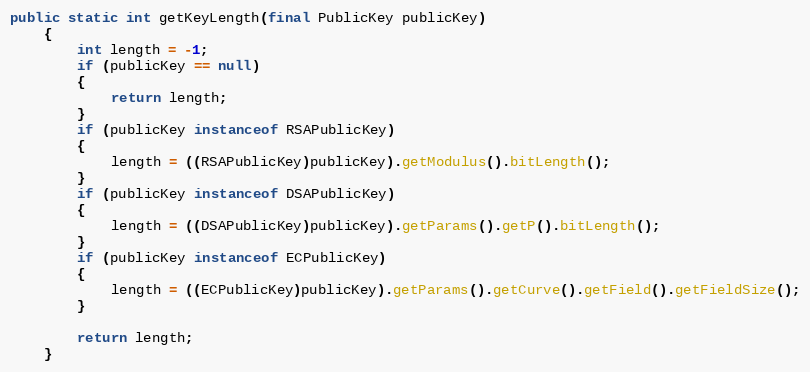
Language: Java
public static int getKeyLength(final PublicKey publicKey)
	{
		int length = -1;
		if (publicKey == null)
		{
			return length;
		}
		if (publicKey instanceof RSAPublicKey)
		{
			length = ((RSAPublicKey)publicKey).getModulus().bitLength();
		}
		if (publicKey instanceof DSAPublicKey)
		{
			length = ((DSAPublicKey)publicKey).getParams().getP().bitLength();
		}
		if (publicKey instanceof ECPublicKey)
		{
			length = ((ECPublicKey)publicKey).getParams().getCurve().getField().getFieldSize();
		}

		return length;
	}